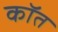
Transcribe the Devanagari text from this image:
कॉत